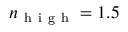
n _ { \mathrm { ~ h ~ i ~ g ~ h ~ } } = 1 . 5